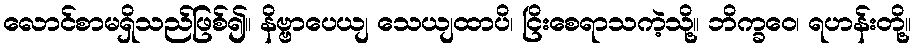
လောင်စာမရှိသည်ဖြစ်၍။ နိဗ္ဗာပေယျ သေယျထာပိ၊ ငြိးစေရာသကဲ့သို့။ ဘိက္ခဝေ၊ ရဟန်းတို့။